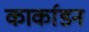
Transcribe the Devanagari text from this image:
कार्काडन